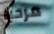
مرحبا